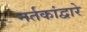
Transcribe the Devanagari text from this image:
नर्तकांद्वारे